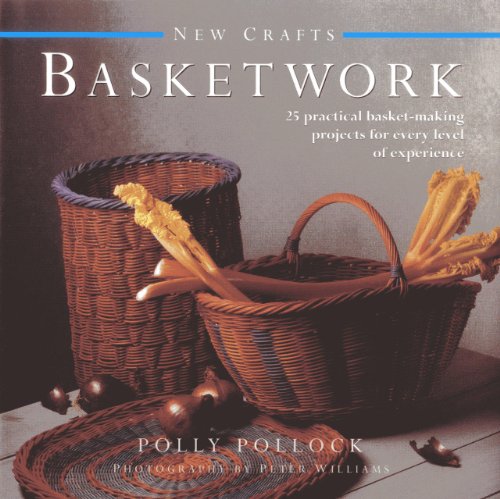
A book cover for New Crafts: Basketwork: 25 practical basket-making projects for every level of experience; Polly Pollock; Crafts, Hobbies & Home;